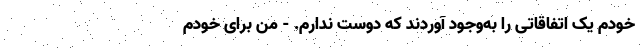
خودم یک اتفاقاتی را به‌وجود آوردند که دوست ندارم. - من برای خودم